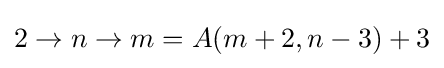
2\to n\to m=A(m+2,n-3)+3